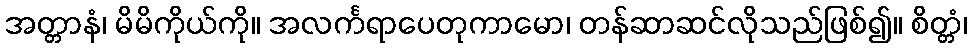
အတ္တာနံ၊ မိမိကိုယ်ကို။ အလင်္ကရာပေတုကာမော၊ တန်ဆာဆင်လိုသည်ဖြစ်၍။ စိတ္တံ၊